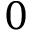
0